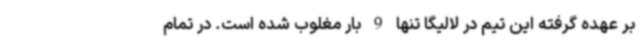
بر عهده گرفته این تیم در لالیگا تنها 9 بار مغلوب شده است. در تمام